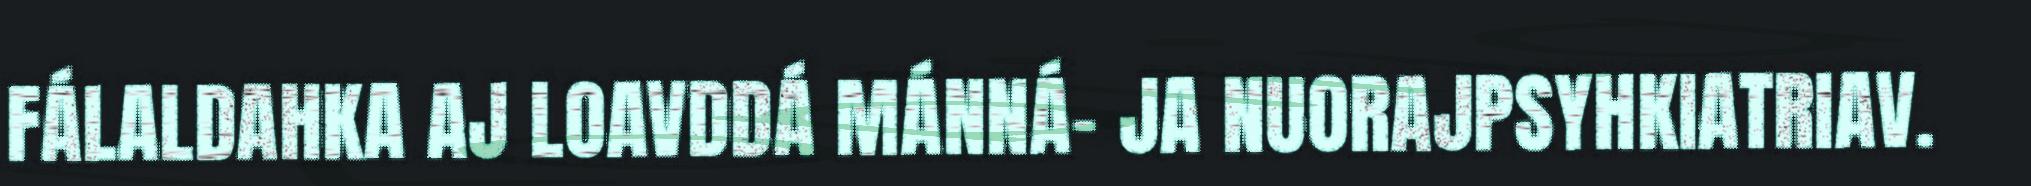
FÁLALDAHKA AJ LOAVDDÁ MÁNNÁ- JA NUORAJPSYHKIATRIAV.